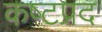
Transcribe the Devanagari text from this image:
कष्‍टप्रद